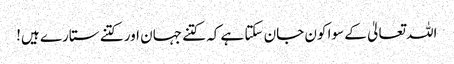
اللہ تعالیٰ کے سوا کون جان سکتا ہے کہ کتنے جہان اور کتنے ستارے ہیں!